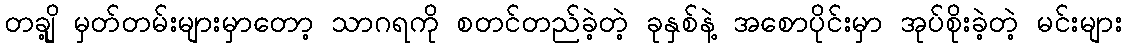
တချို့ မှတ်တမ်းများမှာတော့ သာဂရကို စတင်တည်ခဲ့တဲ့ ခုနှစ်နဲ့ အစောပိုင်းမှာ အုပ်စိုးခဲ့တဲ့ မင်းများ